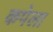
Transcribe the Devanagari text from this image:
कपेला